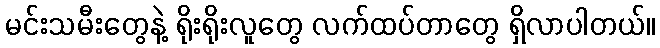
မင်းသမီးတွေနဲ့ ရိုးရိုးလူတွေ လက်ထပ်တာတွေ ရှိလာပါတယ်။